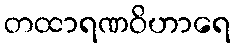
တထာရဏဝိဟာရေ